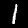
Digit: 1